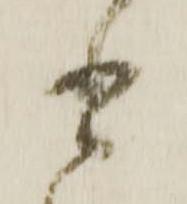
書